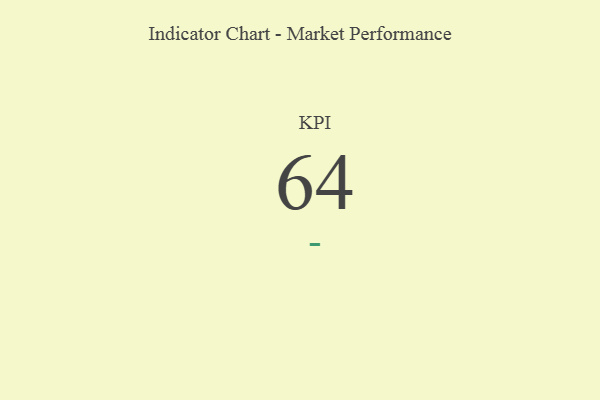
{"axis": {"x": "KPI", "y": "Value"}, "legend": [""], "data": [{"x": "KPI", "y": 64, "type": ""}]}